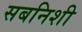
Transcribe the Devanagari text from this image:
सबनिशी